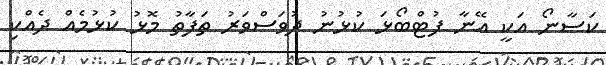
ކަސާނޯ އަކީ އޭނާ ފުޓްބޯޅަ ކުޅުނު ދުވަސްވަރު ތަފާތު މޮޅު ކުޅުމެއް ދެއްކި